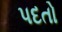
પદતો